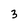
Character: 3